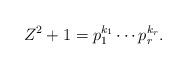
LaTeX: \begin{align*} Z^2 + 1 = p_1^{k_1} \cdots p_r^{k_r}. \end{align*}